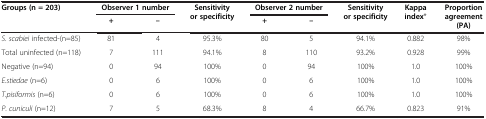
<table><thead><tr><td rowspan="2"><b>Groups (n = 203)</b></td><td colspan="2"><b>Observer 1 number</b></td><td rowspan="2"><b>Sensitivity or specificity</b></td><td colspan="2"><b>Observer 2 number</b></td><td rowspan="2"><b>Sensitivity or specificity</b></td><td rowspan="2"><b>Kappa index*</b></td><td rowspan="2"><b>Proportion agreement(PA)</b></td></tr><tr><td><b>+</b></td><td><b>–</b></td><td><b>+</b></td><td><b>–</b></td></tr></thead><tbody><tr><td><i>S</i>. <i>scabiei</i> infected-(n=85)</td><td>81</td><td>4</td><td>95.3%</td><td>80</td><td>5</td><td>94.1%</td><td>0.882</td><td>98%</td></tr><tr><td>Total uninfected (n=118)</td><td>7</td><td>111</td><td>94.1%</td><td>8</td><td>110</td><td>93.2%</td><td>0.928</td><td>99%</td></tr><tr><td>Negative (n=94)</td><td>0</td><td>94</td><td>100%</td><td>0</td><td>94</td><td>100%</td><td>1.0</td><td>100%</td></tr><tr><td><i>E</i>.<i>stiedae</i> (n=6)</td><td>0</td><td>6</td><td>100%</td><td>0</td><td>6</td><td>100%</td><td>1.0</td><td>100%</td></tr><tr><td><i>T</i>.<i>pisiformis</i> (n=6)</td><td>0</td><td>6</td><td>100%</td><td>0</td><td>6</td><td>100%</td><td>1.0</td><td>100%</td></tr><tr><td><i>P</i>. <i>cuniculi</i> (n=12)</td><td>7</td><td>5</td><td>68.3%</td><td>8</td><td>4</td><td>66.7%</td><td>0.823</td><td>91%</td></tr></tbody></table>